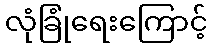
လုံခြုံရေးကြောင့်